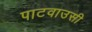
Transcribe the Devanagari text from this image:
पाटवाउसी